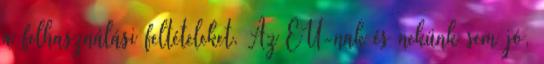
a felhasználási feltételeket. Az EU-nak és nekünk sem jó,